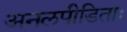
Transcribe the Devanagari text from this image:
अनलपीडिताः